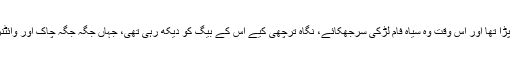
ان دونوں کے درمیان اس کا بیگ پڑا تھا اور اس وقت وہ سیاہ فام لڑکی سرجھکائے، نگاہ ترچھی کیے اس کے بیگ کو دیکھ رہی تھی، جہاں جگہ جگہ چاک اور وائٹنر سے اس نے اپنا نام لکھا ہوا تھا۔